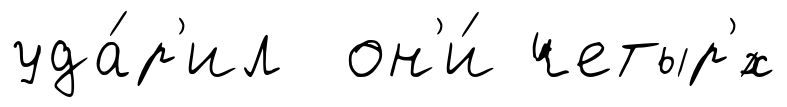
уда́р'ил он'и́ четыр'́х